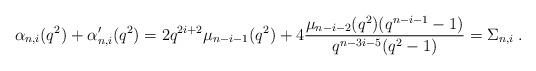
LaTeX: \begin{align*} \alpha_{n,i}(q^{2})+\alpha'_{n,i}(q^{2})=2q^{2i+2}\mu_{n-i-1}(q^{2})+4\frac{\mu_{n-i-2}(q^{2})(q^{n-i-1}-1)}{q^{n-3i-5}(q^{2}-1)}=\Sigma_{n,i}\;. \end{align*}